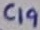
Text: C19